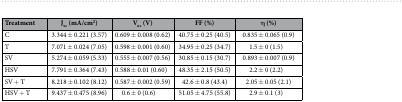
<table><thead><tr><td><b>Treatment</b></td><td><b>J<sub>sc</sub> (mA/cm<sup>2</sup>)</b></td><td><b>V<sub>oc</sub> (V)</b></td><td><b>FF (%)</b></td><td><b>η (%)</b></td></tr></thead><tbody><tr><td>C</td><td>3.344 ± 0.221 (3.57)</td><td>0.609 ± 0.008 (0.62)</td><td>40.75 ± 0.25 (40.5)</td><td>0.835 ± 0.065 (0.9)</td></tr><tr><td>T</td><td>7.071 ± 0.024 (7.05)</td><td>0.598 ± 0.001 (0.60)</td><td>34.95 ± 0.25 (34.7)</td><td>1.5 ± 0 (1.5)</td></tr><tr><td>SV</td><td>5.274 ± 0.059 (5.33)</td><td>0.555 ± 0.007 (0.56)</td><td>30.85 ± 0.15 (30.7)</td><td>0.893 ± 0.007 (0.9)</td></tr><tr><td>HSV</td><td>7.791 ± 0.364 (7.43)</td><td>0.588 ± 0.01 (0.60)</td><td>48.35 ± 2.15 (50.5)</td><td>2.2 ± 0 (2.2)</td></tr><tr><td>SV + T</td><td>8.218 ± 0.102 (8.12)</td><td>0.587 ± 0.002 (0.59)</td><td>42.6 ± 0.8 (43.4)</td><td>2.05 ± 0.05 (2.1)</td></tr><tr><td>HSV + T</td><td>9.437 ± 0.475 (8.96)</td><td>0.6 ± 0 (0.6)</td><td>51.05 ± 4.75 (55.8)</td><td>2.9 ± 0.1 (3)</td></tr></tbody></table>